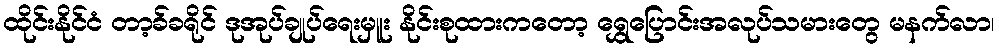
ထိုင်းနိုင်ငံ တာ့ခ်ခရိုင် ဒုအုပ်ချုပ်ရေးမှူး နိုင်းစုထားကတော့ ရွှေပြောင်းအလုပ်သမားတွေ မနက်လာ၊